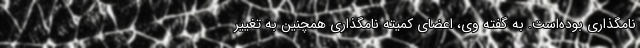
نامگذاری بوده‌است. به گفته وی، اعضای کمیته نامگذاری همچنین به تغییر